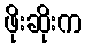
ဖိုးဆိုးက